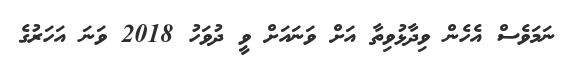
ނަމަވެސް އެހެން ވިދާޅުވިތާ އަށް ވަނައަށް ވީ ދުވަހު 2018 ވަނަ އަހަރުގެ